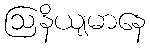
ဩနိယျမာနေ